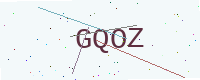
Text: GQOZ